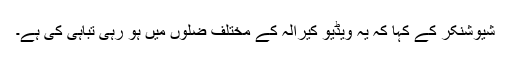
شیوشنکر کے کہا کہ یہ ویڈیو کیرالہ کے مختلف ضلوں میں ہو رہی تباہی کی ہے۔